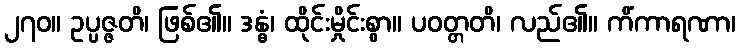
၂၇၀။ ဥပ္ပဇ္ဇတိ၊ ဖြစ်၏။ ဒန္ဓံ၊ ထိုင်းမှိုင်းစွာ။ ပဝတ္တတိ၊ လည်၏။ ကိံကာရဏာ၊